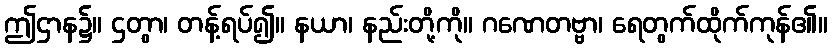
ဤဌာန၌။ ဌတွာ၊ တန့်ရပ်၍။ နယာ၊ နည်းတို့ကို။ ဂဏေတဗ္ဗာ၊ ရေတွက်ထိုက်ကုန်၏။